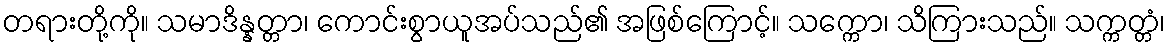
တရားတို့ကို။ သမာဒိန္နတ္တာ၊ ကောင်းစွာယူအပ်သည်၏ အဖြစ်ကြောင့်။ သက္ကော၊ သိကြားသည်။ သက္ကတ္တံ၊